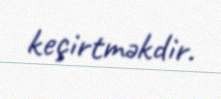
keçirtməkdir.